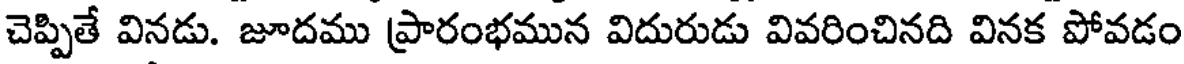
చెప్పితే వినడు. జూదము ప్రారంభమున విదురుడు వివరించినది వినక పోవడం